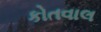
કોતવાલ